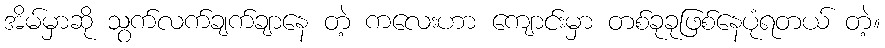
အိမ်မှာဆို သွက်လက်ချက်ချာနေ တဲ့ ကလေးဟာ ကျောင်းမှာ တစ်ခုခုဖြစ်နေပုံရတယ် တဲ့။